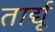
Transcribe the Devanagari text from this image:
तार्द्यू